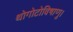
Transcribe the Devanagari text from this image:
थोगोटोविषाणु।